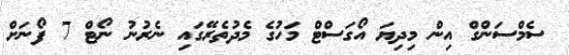
ސެމްސަންގް އިން މިދިޔަ އޯގަސްޓް މަހުގެ މެދުތެރޭގައި ނެރުނު ނޯޓް 7 ފޯނަށް